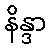
နိန္ဒာ